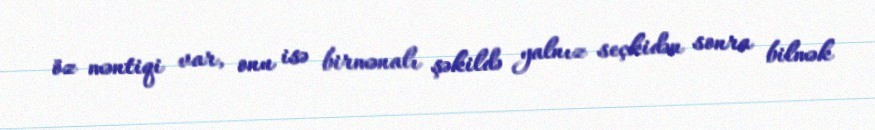
öz məntiqi var, onu isə birmənalı şəkildə yalnız seçkidən sonra bilmək